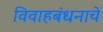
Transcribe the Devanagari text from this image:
विवाहबंधनाचे